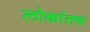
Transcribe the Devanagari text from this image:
लोकांतच